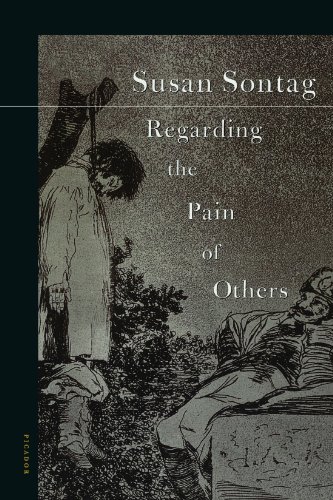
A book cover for Regarding the Pain of Others; Susan Sontag; Politics & Social Sciences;